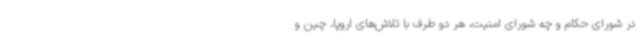
در شورای حکام و چه شورای امنیت، هر دو طرف با تلاش‌های اروپا، چین و